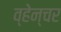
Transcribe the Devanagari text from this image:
व्हेन्चर